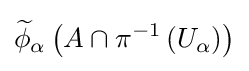
{\widetilde {\phi }}_{\alpha }\left(A\cap \pi ^{-1}\left(U_{\alpha }\right)\right)